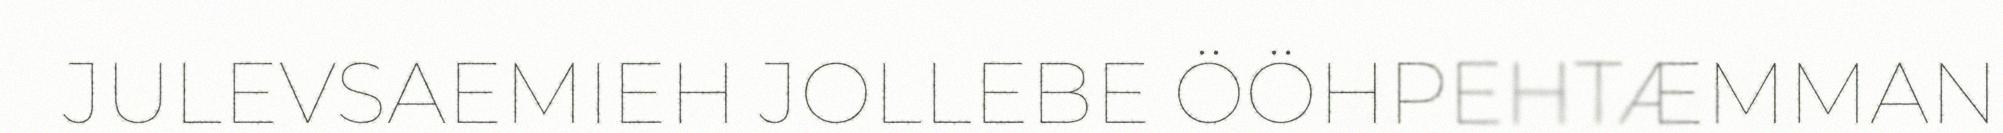
JULEVSAEMIEH JOLLEBE ÖÖHPEHTÆMMAN